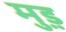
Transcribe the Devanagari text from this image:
मुड़़